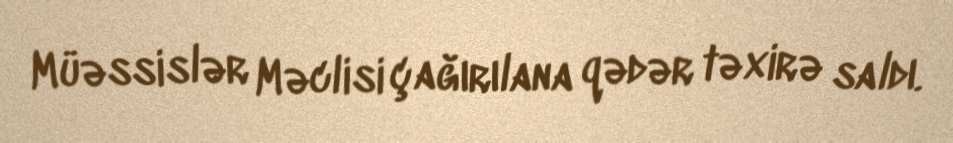
Müəssislər Məclisi çağırılana qədər təxirə saldı.